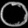
Digit: ၀